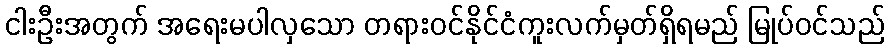
ငါးဦးအတွက် အရေးမပါလှသော တရားဝင်နိုင်ငံကူးလက်မှတ်ရှိရမည် မြုပ်ဝင်သည်